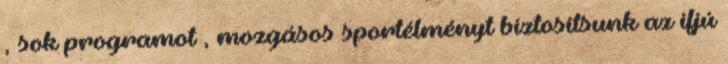
, sok programot , mozgásos sportélményt biztosítsunk az ifjú